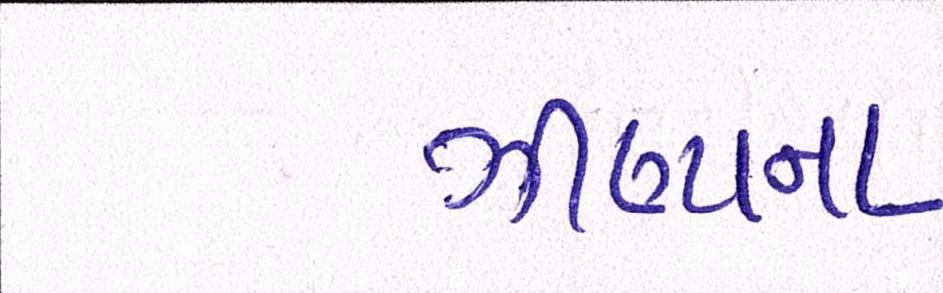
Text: ઝીણાના